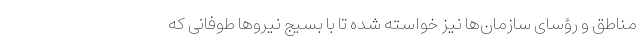
مناطق و رؤسای سازمان‌ها نیز خواسته شده تا با بسیج نیروها طوفانی که